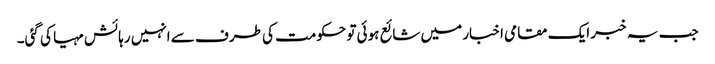
جب یہ خبر ایک مقامی اخبار میں شائع ہوئی تو حکومت کی طرف سے انہیں رہائش مہیا کی گئی۔